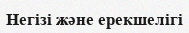
Негізі және ерекшелігі